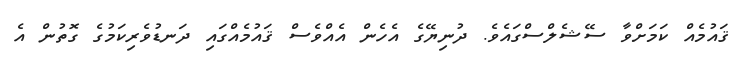
ޤައުމެއް ކަމަށްވާ ސޭޝެލްސްގައެވެ. ދުނިޔޭގެ އެހެން އެއްވެސް ޤައުމެއްގައި ދަނޑުވެރިކަމުގެ ގޮތުން އެ